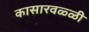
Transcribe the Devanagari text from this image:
कासारवळ्ळी